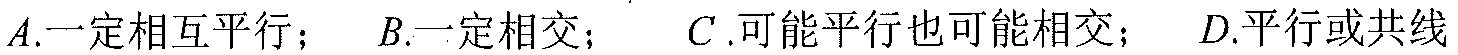
\(A.一定相互平行；\quad B.一定相交；\quad C.可能平行也可能相交；\quad D.平行或共线\)